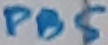
Text: PB5